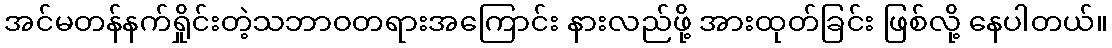
အင်မတန်နက်ရှိုင်းတဲ့သဘာဝတရားအကြောင်း နားလည်ဖို့ အားထုတ်ခြင်း ဖြစ်လို့ နေပါတယ်။